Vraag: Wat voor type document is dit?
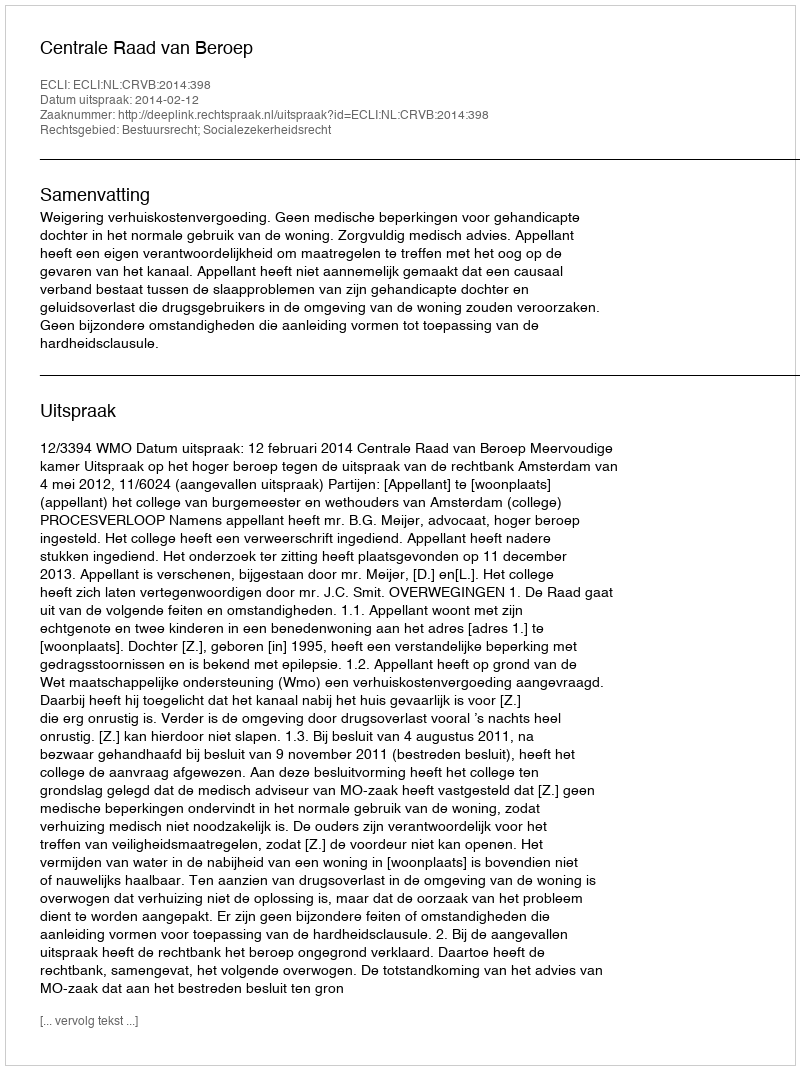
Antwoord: Uitspraak